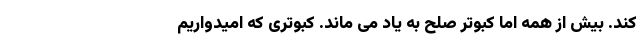
کند. بیش از همه اما کبوتر صلح به یاد می ماند. کبوتری که امیدواریم